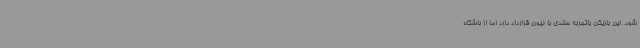
شود. این بازیکن باتجربه هلندی با لیون قرارداد دارد اما از باشگاه